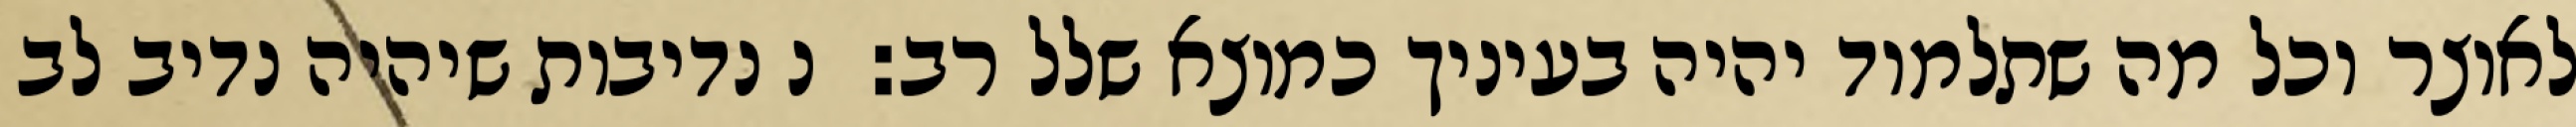
לאוצר וכל מה שתלמוד יהיה בעיניך כמוצא שלל רב:  נ נדיבות שיהיה נדיב לב